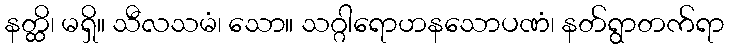
နတ္ထိ၊ မရှိ။ သီလသမံ၊ သော။ သဂ္ဂါရောဟနသောပဏံ၊ နတ်ရွာတက်ရာ